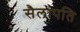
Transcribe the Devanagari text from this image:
सैलापति